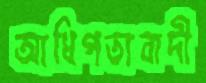
আধিপত্যবাদী